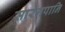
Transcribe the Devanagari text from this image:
सारंगपानि